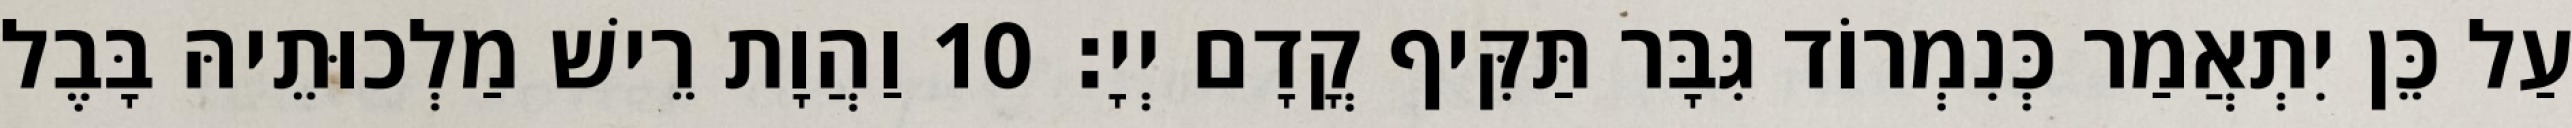
עַל כֵּן יִתְאֲמַר כְּנִמְרוֹד גִּבָּר תַּקִּיף קֳדָם יְיָ׃ 10 וַהֲוָת רֵישׁ מַלְכוּתֵיהּ בָּבֶל